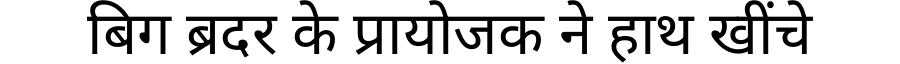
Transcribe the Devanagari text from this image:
बिग ब्रदर के प्रायोजक ने हाथ खींचे